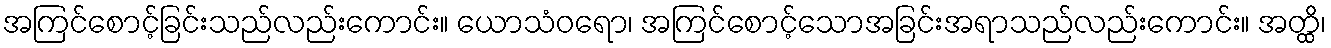
အကြင်စောင့်ခြင်းသည်လည်းကောင်း။ ယောသံဝရော၊ အကြင်စောင့်သောအခြင်းအရာသည်လည်းကောင်း။ အတ္ထိ၊